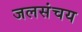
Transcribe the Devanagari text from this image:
जलसंचय